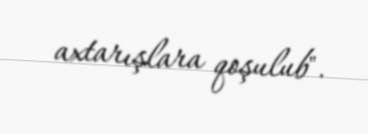
axtarışlara qoşulub".